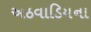
અઠવાડિયના